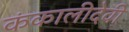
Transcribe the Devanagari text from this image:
कंकालीदेवी